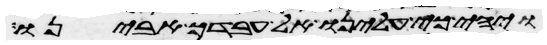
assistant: ויהי כי עלינו אל עבדך אבינו